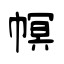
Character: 幎